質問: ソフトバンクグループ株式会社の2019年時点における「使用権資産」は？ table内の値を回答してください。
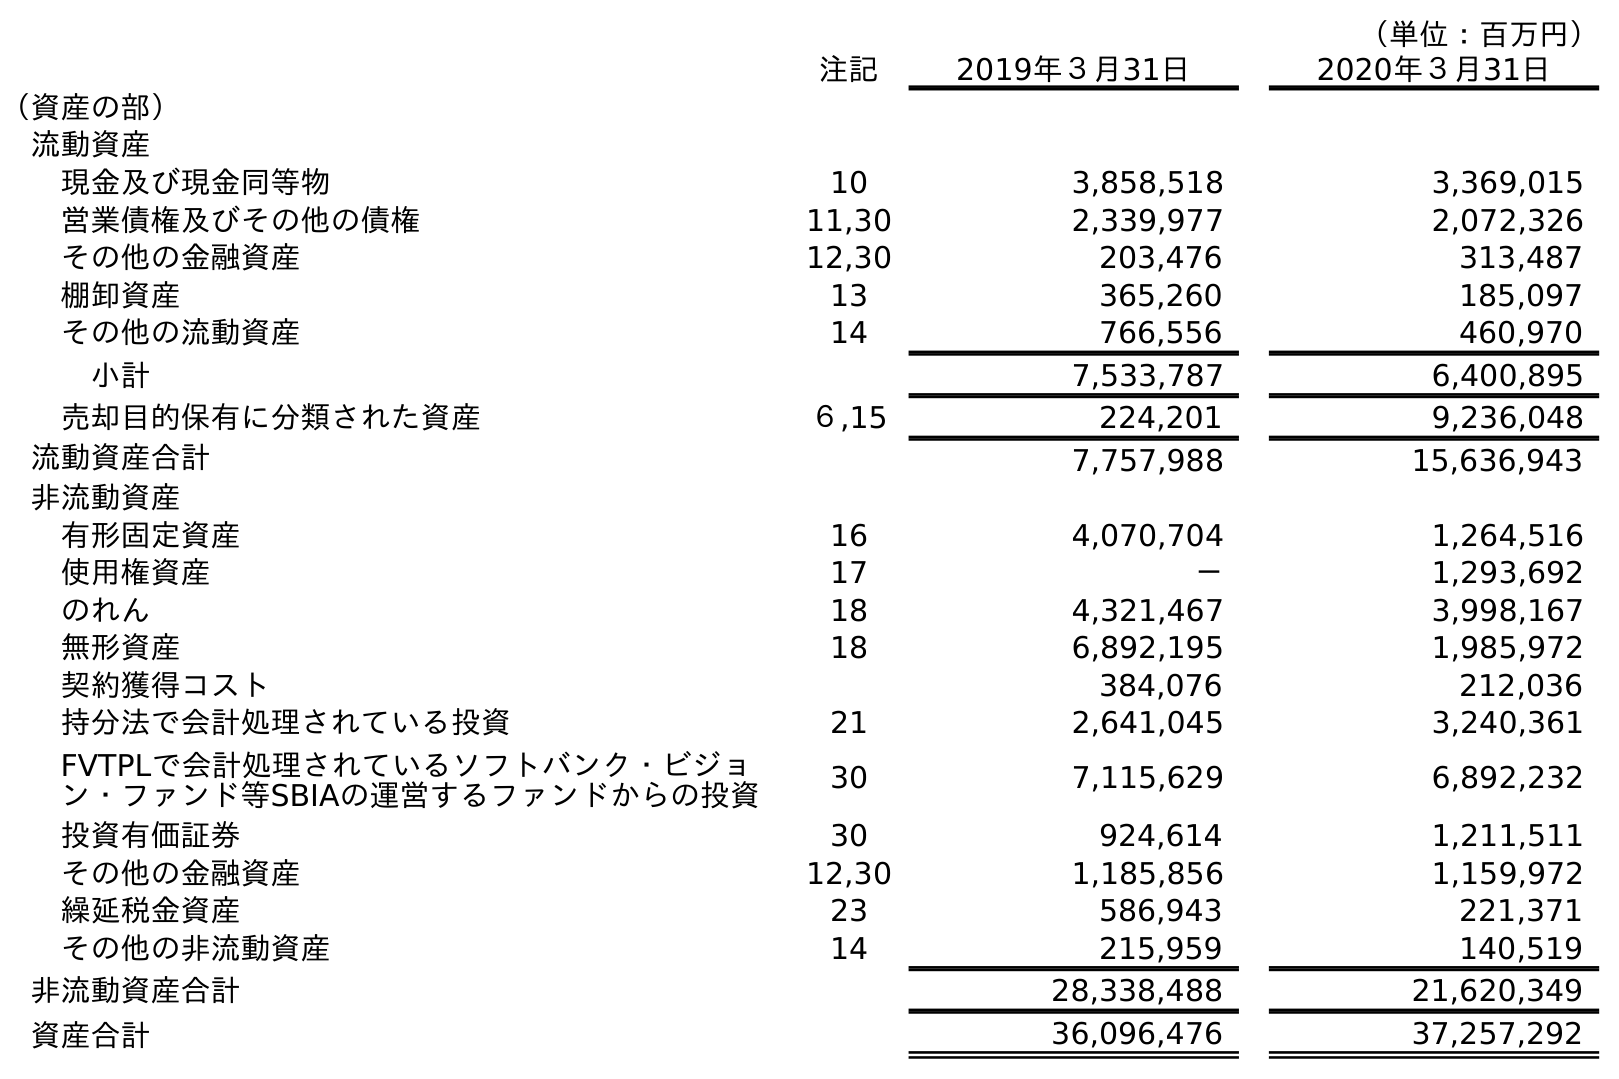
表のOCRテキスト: （単位：百万円） 注記 2019年３月31日 2020年３月31日 （資産の部） 流動資産 現金及び現金同等物 10 3,858,518 3,369,015 営業債権及びその他の債権 11,30 2,339,977 2,072,326 その他の金融資産 12,30 203,476 313,487 棚卸資産 13 365,260 185,097 その他の流動資産 14 766,556 460,970 小計 7,533,787 6,400,895 売却目的保有に分類された資産 ６,15 224,201 9,236,048 流動資産合計 7,757,988 15,636,943 非流動資産 有形固定資産 16 4,070,704 1,264,516 使用権資産 17 － 1,293,692 のれん 18 4,321,467 3,998,167 無形資産 18 6,892,195 1,985,972 契約獲得コスト 384,076 212,036 持分法で会計処理されている投資 21 2,641,045 3,240,361 FVTPLで会計処理されているソフトバンク・ビジョ ン・ファンド等SBIAの運営するファンドからの投資 30 7,115,629 6,892,232 投資有価証券 30 924,614 1,211,511 その他の金融資産 12,30 1,185,856 1,159,972 繰延税金資産 23 586,943 221,371 その他の非流動資産 14 215,959 140,519 非流動資産合計 28,338,488 21,620,349 資産合計 36,096,476 37,257,292
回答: －